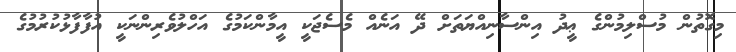
މިގޮތުން މުސްލިމުންގެ ޢީދު އިންސާނިއްޔަތަށް ދޭ އަނެއް މެސެޖަކީ އީމާންކަމުގެ އަހްލުވެރިންނަކީ އުފާފާޅުކުރުމުގެ